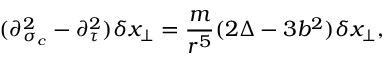
( \partial _ { \sigma _ { c } } ^ { 2 } - \partial _ { \tau } ^ { 2 } ) \delta x _ { \perp } = \frac { m } { r ^ { 5 } } ( 2 \Delta - 3 b ^ { 2 } ) \delta x _ { \perp } ,